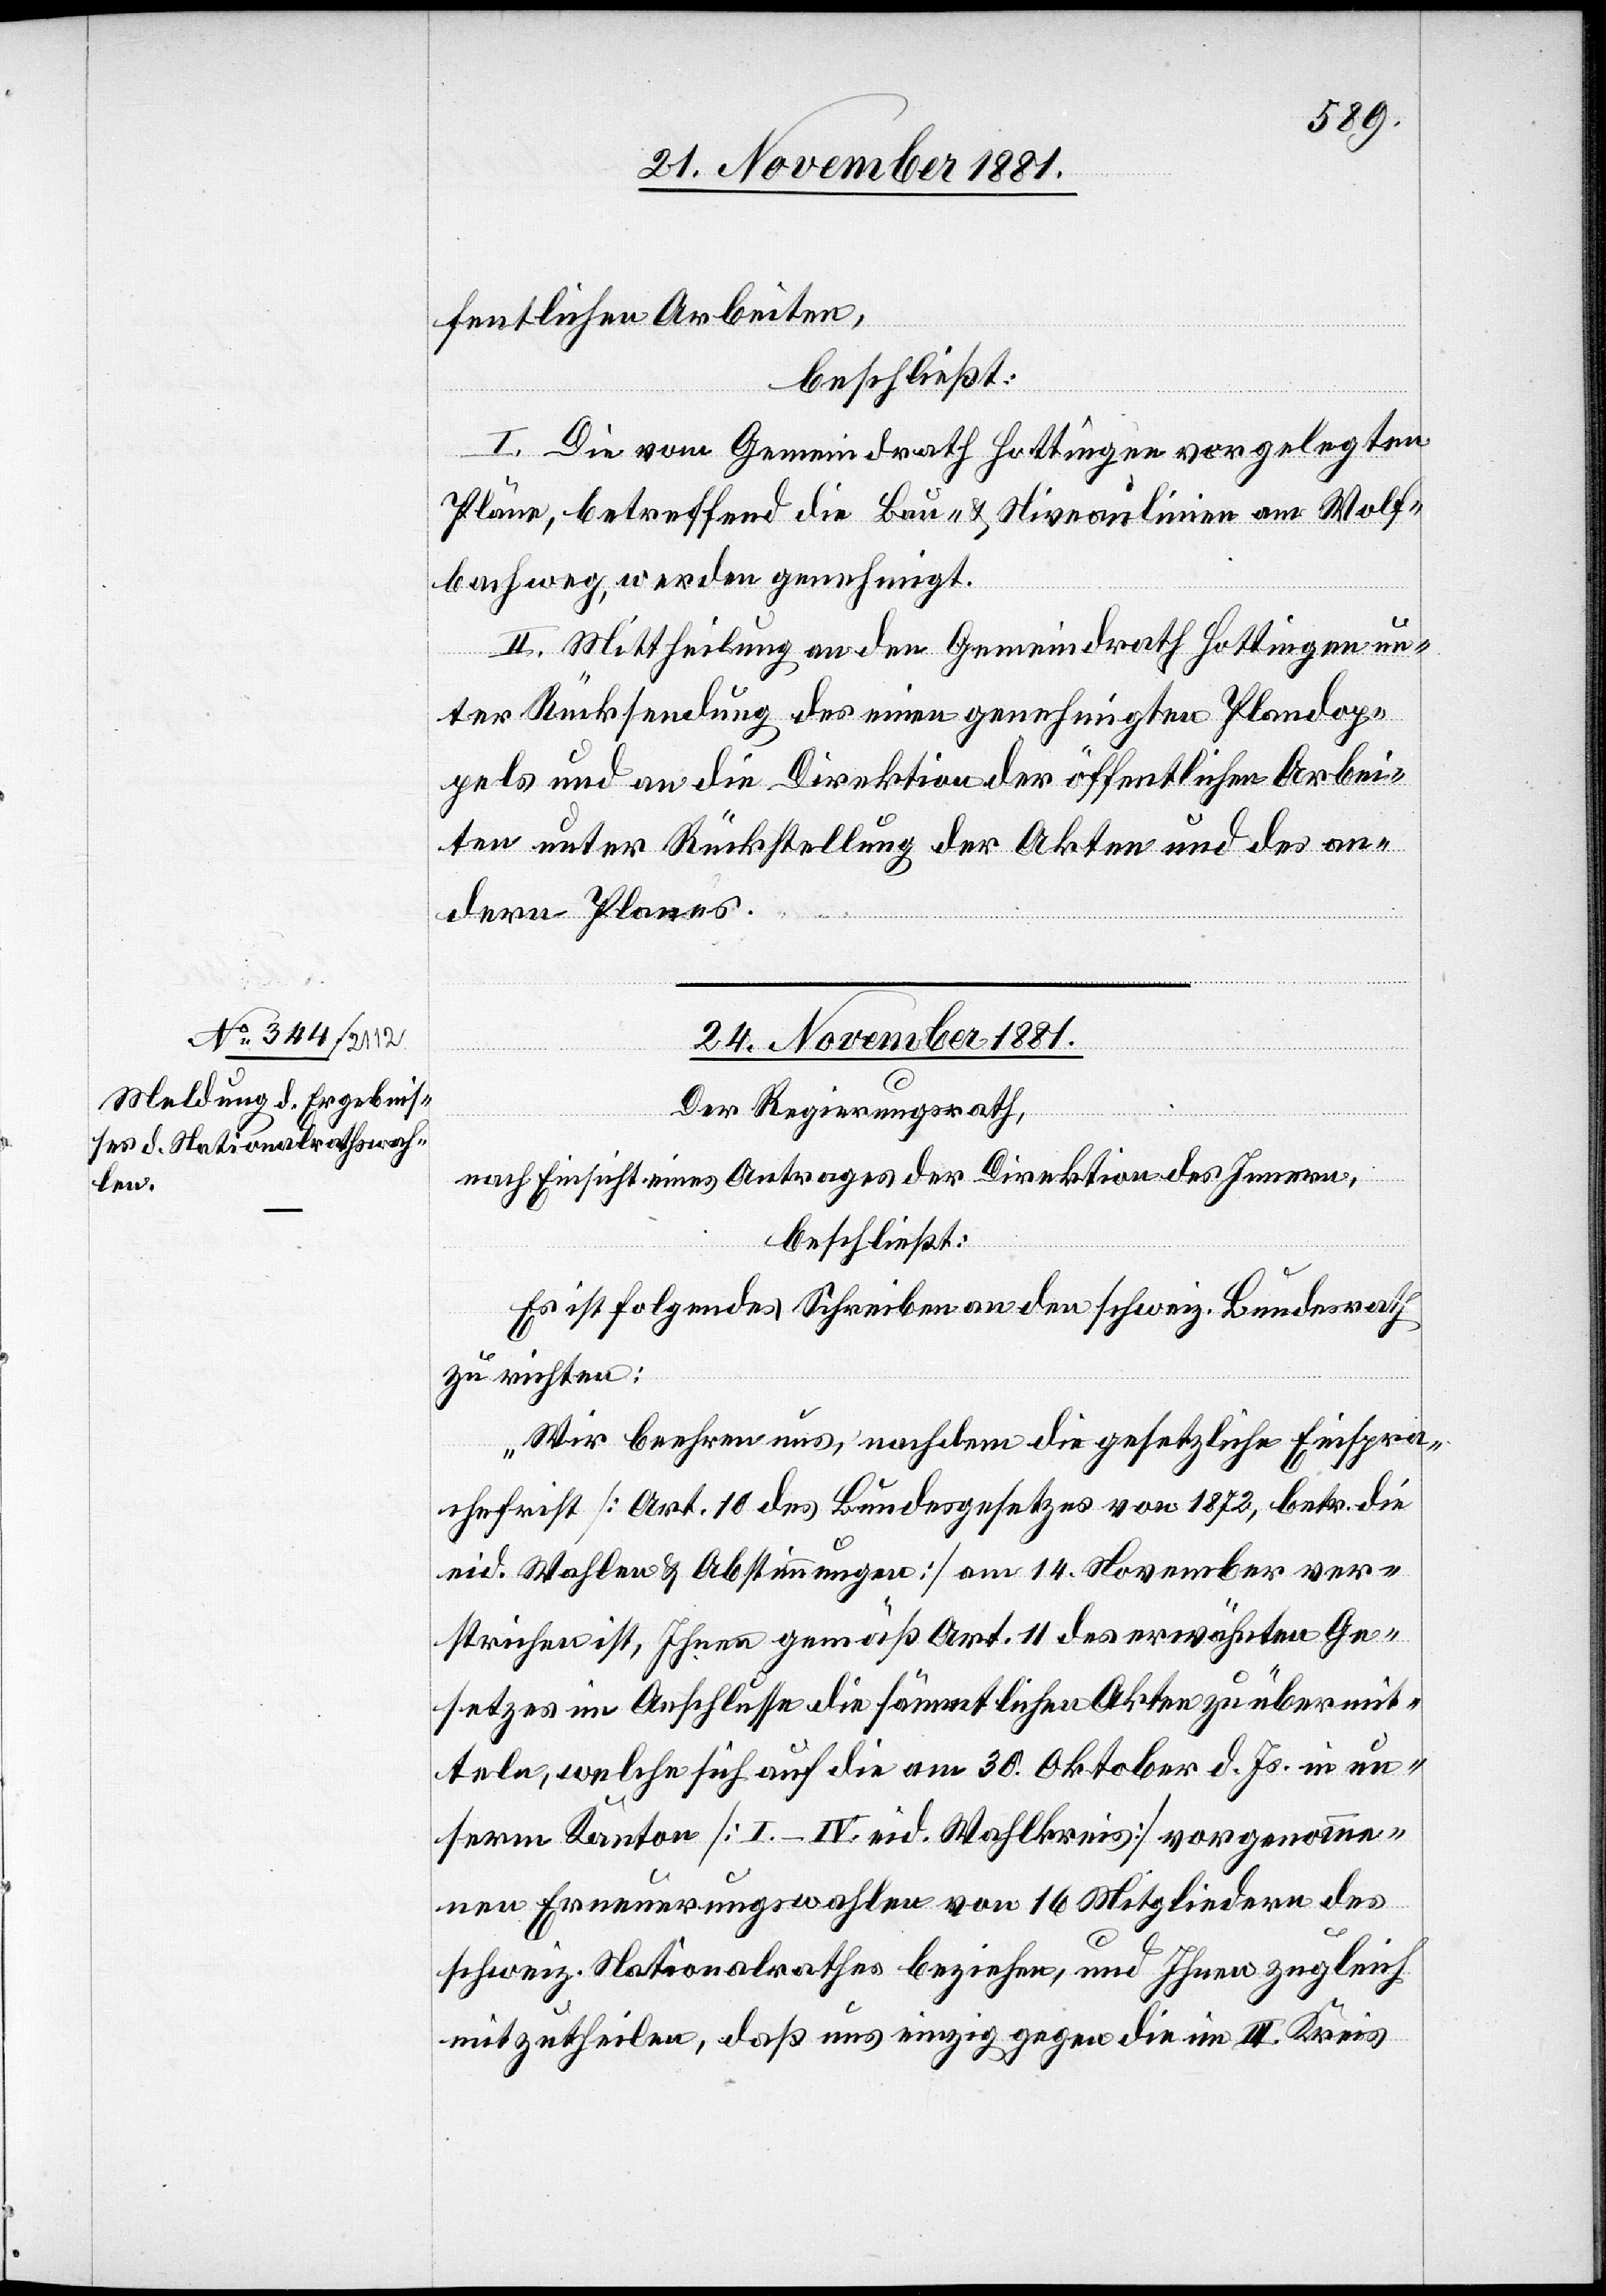
fentlichen Arbeiten,
beschließt:
I. Die vom Gemeindrath Hottingen vorgelegten
Pläne, betreffend die Bau- & Niveaulinien am Wolf¬
bachweg, werden genehmigt.
II. Mittheilung an den Gemeindrath Hottingen un¬
ter Rücksendung des einen genehmigten Plandop¬
pels und an die Direktion der öffentlichen Arbei¬
ten unter Rückstellung der Akten und des an¬
dern Planes.
24. November 1881.
Der Regierungsrath,
nach Einsicht eines Antrages der Direktion des Innern,
beschließt:
Es ist folgendes Schreiben an den schweiz. Bundesrath
zu richten:
„Wir beehren uns, nachdem die gesetzliche Einspra¬
chefrist [Art. 10 des Bundesgesetzes von 1872, betreffend die
eid. Wahlen & Abstimmungen] am 14. November ver¬
strichen ist, Ihnen gemäß Art. 11 des erwähnten Ge¬
setzes im Anschlusse die sämmtlichen Akten zu übermit¬
teln, welche sich auf die am 30. Oktober d. Js. in un¬
serm Kanton [I.–IV. eid. Wahlkreis] vorgenomme¬
nen Erneuerungswahlen von 16 Mitgliedern des
schweiz. Nationalrathes beziehen, und Ihnen zugleich
mitzutheilen, daß aus einzig gegen die im III. Kreis